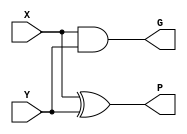
`timescale 1ns / 1ps
`default_nettype none

module generate_propagate_unit(G, P, X, Y);

output wire [3:0] G, P; // declare output wires
input wire [3:0] X, Y; // declare input wires

assign #2 G = X & Y; // G = X and Y
assign #2 P = X ^ Y; // P = X xor Y

endmodule

module carry_lookahead_unit(C, G, P, C0);

output wire [4:1] C; // c4 c3 c2 c1
input wire [3:0] G, P; // declare input wires
input wire C0;

// internal logic assignments
assign #4 C[1] = G[0] || C0 & P[0];
assign #4 C[2] = G[1] || (P[1] & G[0]) || (P[1] & P[0] & C0);
assign #4 C[3] = G[2] || (P[2] & G[1]) || (P[2] & P[1] & G[0]) || (P[2] & P[1] & P[0] & C0);
assign #4 C[4] = G[3] || (P[3] & G[2]) || (P[3] & P[2] & G[1]) || (P[3] & P[2] & P[1] & G[0]) || (P[3] & P[2] & P[1] & P[0] & C0);

endmodule

module summation_unit(S, P, C);

output wire [3:0] S; //delclare output wires
input wire [3:0] P, C; // declare input wires

assign #2 S = P ^ C; // S = P xor C

endmodule

module carry_lookahead_4bit(Cout, S, X, Y, Cin);

output wire Cout; // declare Cout
output wire [3:0] S; // declare Sum
input wire [3:0] X, Y; // declare input wires
input wire [3:0] Cin;

//internal nets
wire [3:0] genG, genP;
wire [4:0] C;
assign C[0] = Cin; // assign cin

generate_propagate_unit gen1(genG, genP, X, Y); // first generate
carry_lookahead_unit look1(C[4:1], genG, genP, C[0]); // logic compute
summation_unit sum1(S, genP, C[3:0]); // change for final sum
assign Cout = C[4];  // assign cout

endmodule